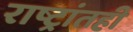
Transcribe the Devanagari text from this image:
राष्ट्रांतही